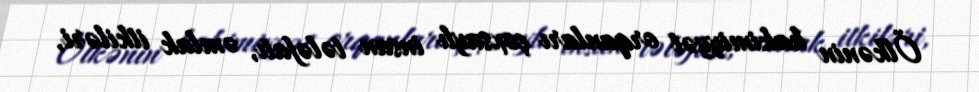
Ölkənin hakimiyyət orqanları çoxsaylı insan tələfatı, əmlak itkiləri,